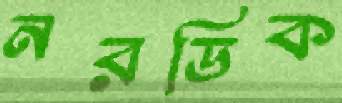
নরডিক